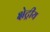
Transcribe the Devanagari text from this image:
क्षेट्रीय